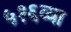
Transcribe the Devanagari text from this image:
५१६व्या